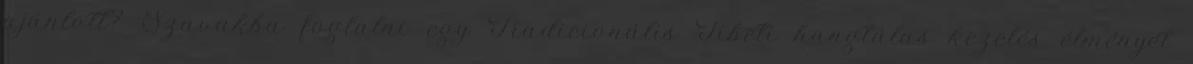
ajánlott? Szavakba foglalni egy Tradicionális Tibeti hangtálas kezelés élményét